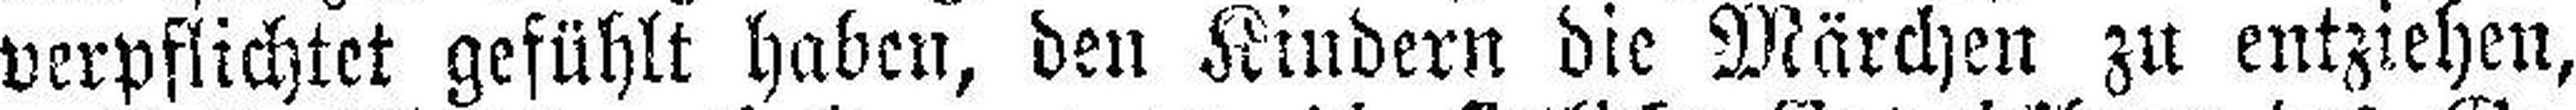
verpflichtet gefühlt haben, den Kindern die Märchen zu entziehen,